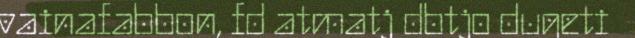
vainafabbon, fd atmatj dbtjo dugeti